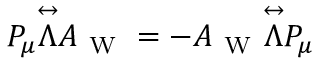
P _ { \mu } \overset \leftrightarrow { \Lambda } A _ { \mathrm { ~ W ~ } } = - A _ { \mathrm { ~ W ~ } } \overset \leftrightarrow { \Lambda } P _ { \mu }